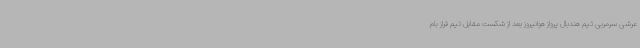
عرشی سرمربی تیم هندبال پرواز هوانیروز بعد از شکست مقابل تیم فراز بام